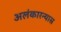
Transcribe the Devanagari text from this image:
अलंकारन्यास